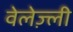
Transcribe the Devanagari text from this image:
वेलेज़्ली